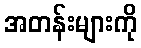
အတန်းများကို